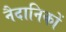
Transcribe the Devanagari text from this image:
नैदानिकों